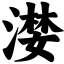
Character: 漤